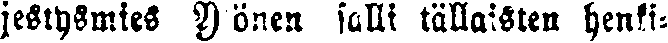
jestysmies Ylönen salli tällaisten henki-